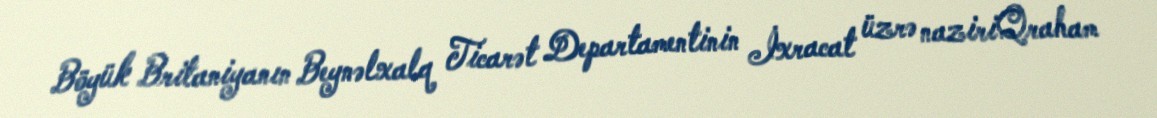
Böyük Britaniyanın Beynəlxalq Ticarət Departamentinin İxracat üzrə naziriQraham